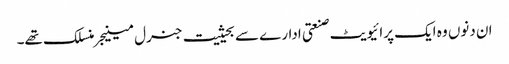
ان دنوں وہ ایک پرائیویٹ صنعتی ادارے سے بحیثیت جنرل مینیجر منسلک تھے۔